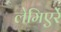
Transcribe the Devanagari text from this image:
लेमिएर्रे